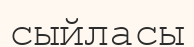
сыйласы